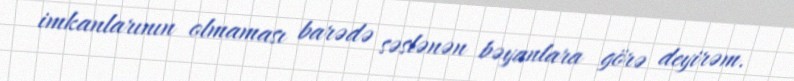
imkanlarının olmaması barədə səslənən bəyanlara görə deyirəm.